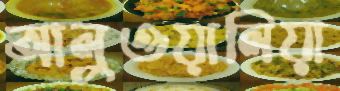
আলুওয়ালিয়া